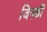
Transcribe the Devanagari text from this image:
जिनकीं